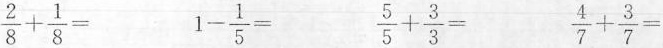
$$\frac{2}{8}+ \frac{1}{8}=$$ $$1- \frac{1}{5}=$$ $$\frac{5}{5}+ \frac{3}{3}=$$ $$\frac{4}{7}+ \frac{3}{7}=$$